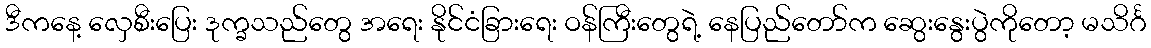
ဒီကနေ့ လှေစီးပြေး ဒုက္ခသည်တွေ အရေး နိုင်ငံခြားရေး ဝန်ကြီးတွေရဲ့ နေပြည်တော်က ဆွေးနွေးပွဲကိုတော့ မသိင်္ဂ